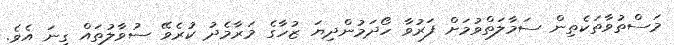
މަސްތުވާތަކެތިން ސަމާލަތްވުމަށް ފަރުވާ ހޯދަމުންދިޔަ ޒުހާގެ މަރާމެދު ކުރެވޭ ސުވާލުތައް ގިނަ އެވެ.